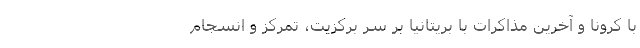
با کرونا و آخرین مذاکرات با بریتانیا بر سر برکزیت، تمرکز و انسجام